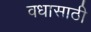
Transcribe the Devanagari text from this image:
वधासाठी